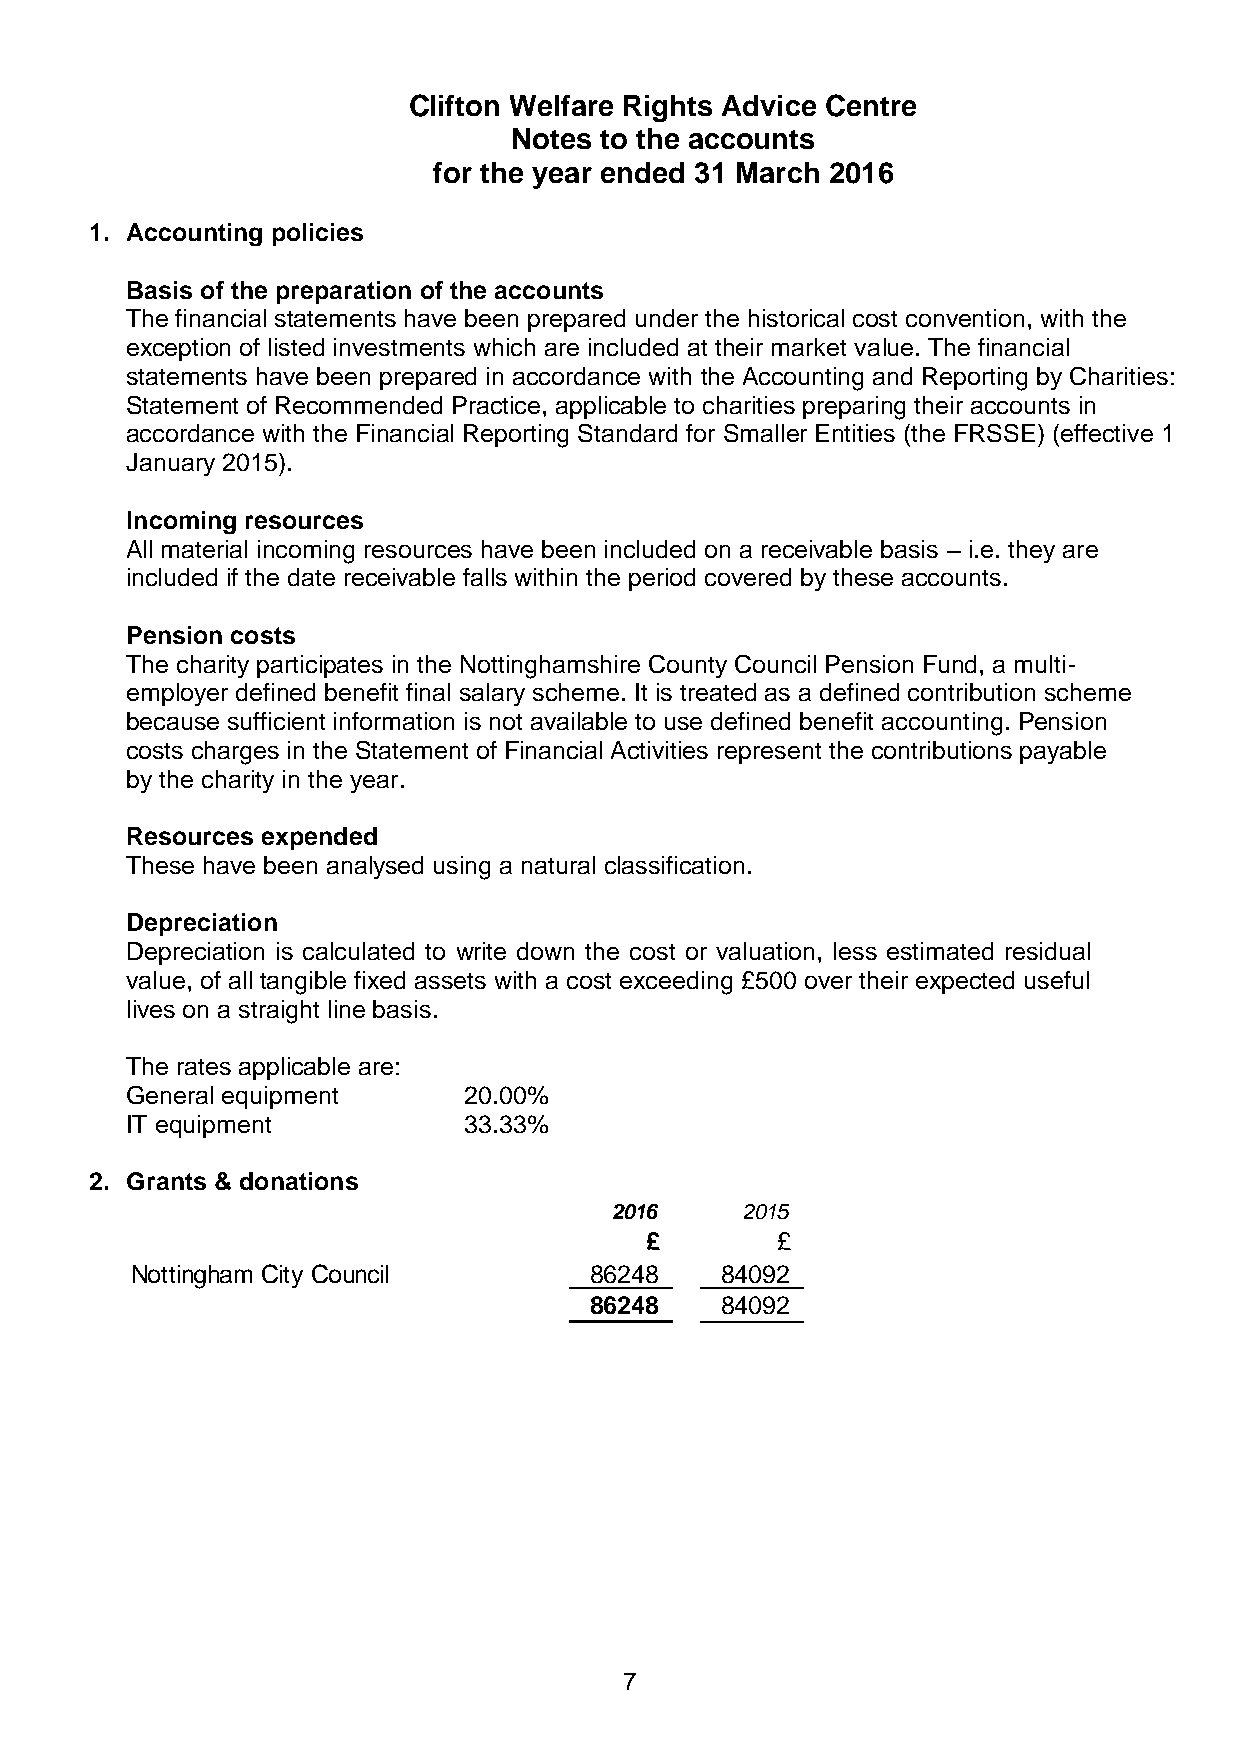
Clifton Welfare Rights Advice Centre
 Notes to the accounts
 for the year ended 31 March 2016
 1. Accounting policies
 Basis of the preparation of the accounts
 The financial statements have been prepared under the historical cost convention, with the
 exception of listed investments which are included at their market value. The financial
 statements have been prepared in accordance with the Accounting and Reporting by Charities:
 Statement of Recommended Practice, applicable to charities preparing their accounts in
 accordance with the Financial Reporting Standard for Smaller Entities (the FRSSE) (effective 1
 January 2015).
 Incoming resources
 All material incoming resources have been included on a receivable basis – i.e. they are
 included if the date receivable falls within the period covered by these accounts.
 Pension costs
 The charity participates in the Nottinghamshire County Council Pension Fund, a multi-
 employer defined benefit final salary scheme. It is treated as a defined contribution scheme
 because sufficient information is not available to use defined benefit accounting. Pension
 costs charges in the Statement of Financial Activities represent the contributions payable
 by the charity in the year.
 Resources expended
 These have been analysed using a natural classification.
 Depreciation
 Depreciation is calculated to write down the cost or valuation, less estimated residual
 value, of all tangible fixed assets with a cost exceeding £500 over their expected useful
 lives on a straight line basis.
 The rates applicable are:
 General equipment      20.00%
 IT equipment           33.33%
 2. Grants & donations
 2016     2015
 £       £
 Nottingham City Council       86248    84092
 86248    84092
 7